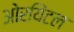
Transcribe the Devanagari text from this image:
ओरयिंटल